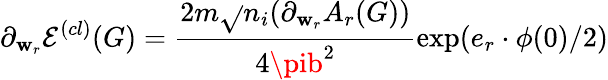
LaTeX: \partial_{\mathbf{w}_{r}}\mathcal{{E}}^{(cl)}(G)=\frac{{2m\sqrt{}{{n_{i}}}(\partial_{\mathbf{w}_{r}}A_{r}(G))}}{{4\pib^{2}}}\exp(e_{r}\cdot\phi(0)/2)